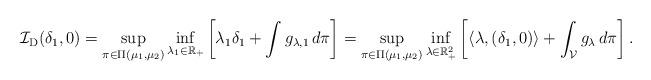
LaTeX: \begin{align*}\mathcal{I}_{\mathrm{D}}(\delta_1, 0) = \sup_{\pi \in \Pi(\mu_1, \mu_2) } \inf _{\lambda_1 \in \mathbb{R}_{+} }\left[ \lambda_1 \delta_1 + \int g_{\lambda, 1} \, d \pi \right] = \sup_{\pi \in \Pi(\mu_1, \mu_2) } \inf _{\lambda \in \mathbb{R}^2_{+} }\left[ \langle \lambda , \left(\delta_1, 0 \right) \rangle + \int_{\mathcal{V}} g_{\lambda} \, d \pi\right].\end{align*}